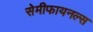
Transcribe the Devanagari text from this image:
सेमीफायनल्स